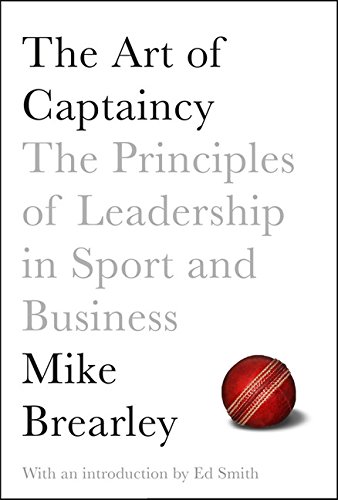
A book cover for The Art of Captaincy: The Principles of Leadership in Sport and Business; Mike Brearley; Sports & Outdoors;